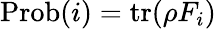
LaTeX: {\mathrm{Prob}}(i)=\operatorname{tr}(\rho F_{i})